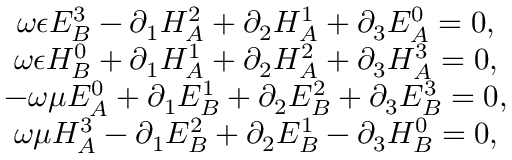
\begin{array} { c } { { \omega \epsilon E _ { B } ^ { 3 } - \partial _ { 1 } H _ { A } ^ { 2 } + \partial _ { 2 } H _ { A } ^ { 1 } + \partial _ { 3 } E _ { A } ^ { 0 } = 0 , } } \\ { { \omega \epsilon H _ { B } ^ { 0 } + \partial _ { 1 } H _ { A } ^ { 1 } + \partial _ { 2 } H _ { A } ^ { 2 } + \partial _ { 3 } H _ { A } ^ { 3 } = 0 , } } \\ { { - \omega \mu E _ { A } ^ { 0 } + \partial _ { 1 } E _ { B } ^ { 1 } + \partial _ { 2 } E _ { B } ^ { 2 } + \partial _ { 3 } E _ { B } ^ { 3 } = 0 , } } \\ { { \omega \mu H _ { A } ^ { 3 } - \partial _ { 1 } E _ { B } ^ { 2 } + \partial _ { 2 } E _ { B } ^ { 1 } - \partial _ { 3 } H _ { B } ^ { 0 } = 0 , } } \end{array}